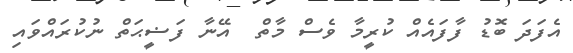
އެފަދަ ބޮޑު ފާފައެއް ކުރީމާ ވެސް މާތް  އޭނާ ފަޟީޙަތް ނުކުރައްވައި